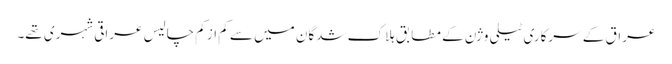
عراق کے سرکاری ٹیلی وژن کے مطابق ہلاک شدگان میں سے کم از کم چالیس عراقی شہری تھے۔